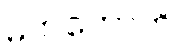
မဟကောတိ